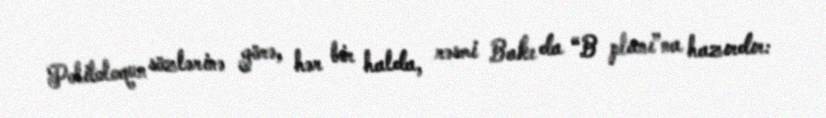
Politoloqun sözlərinə görə, hər bir halda, rəsmi Bakı da “B planı”na hazırdır: